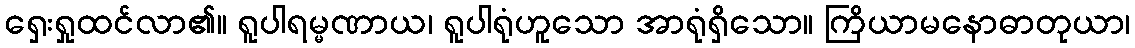
ရှေးရှုထင်လာ၏။ ရူပါရမ္မဏာယ၊ ရူပါရုံဟူသော အာရုံရှိသော။ ကြိယာမနောဓာတုယာ၊